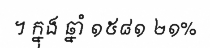
។ ក្នុង ឆ្នាំ ១៥៨១ ២១%